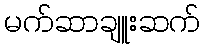
မက်ဆာချူးဆက်